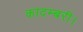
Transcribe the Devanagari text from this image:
कादम्बरी।